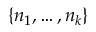
\{ n _ { 1 } , \dots , n _ { k } \}